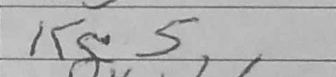
Transcription: Kg5